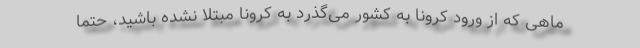
ماهی که از ورود کرونا به کشور می‌گذرد به کرونا مبتلا نشده باشید، حتما